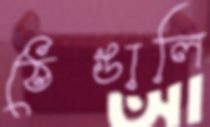
ঠেঙালি